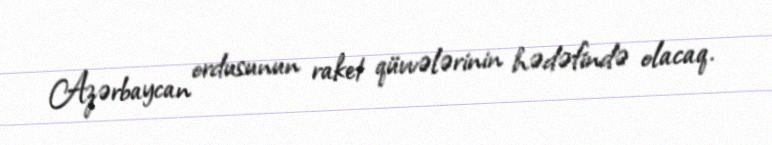
Azərbaycan ordusunun raket qüvvələrinin hədəfində olacaq.